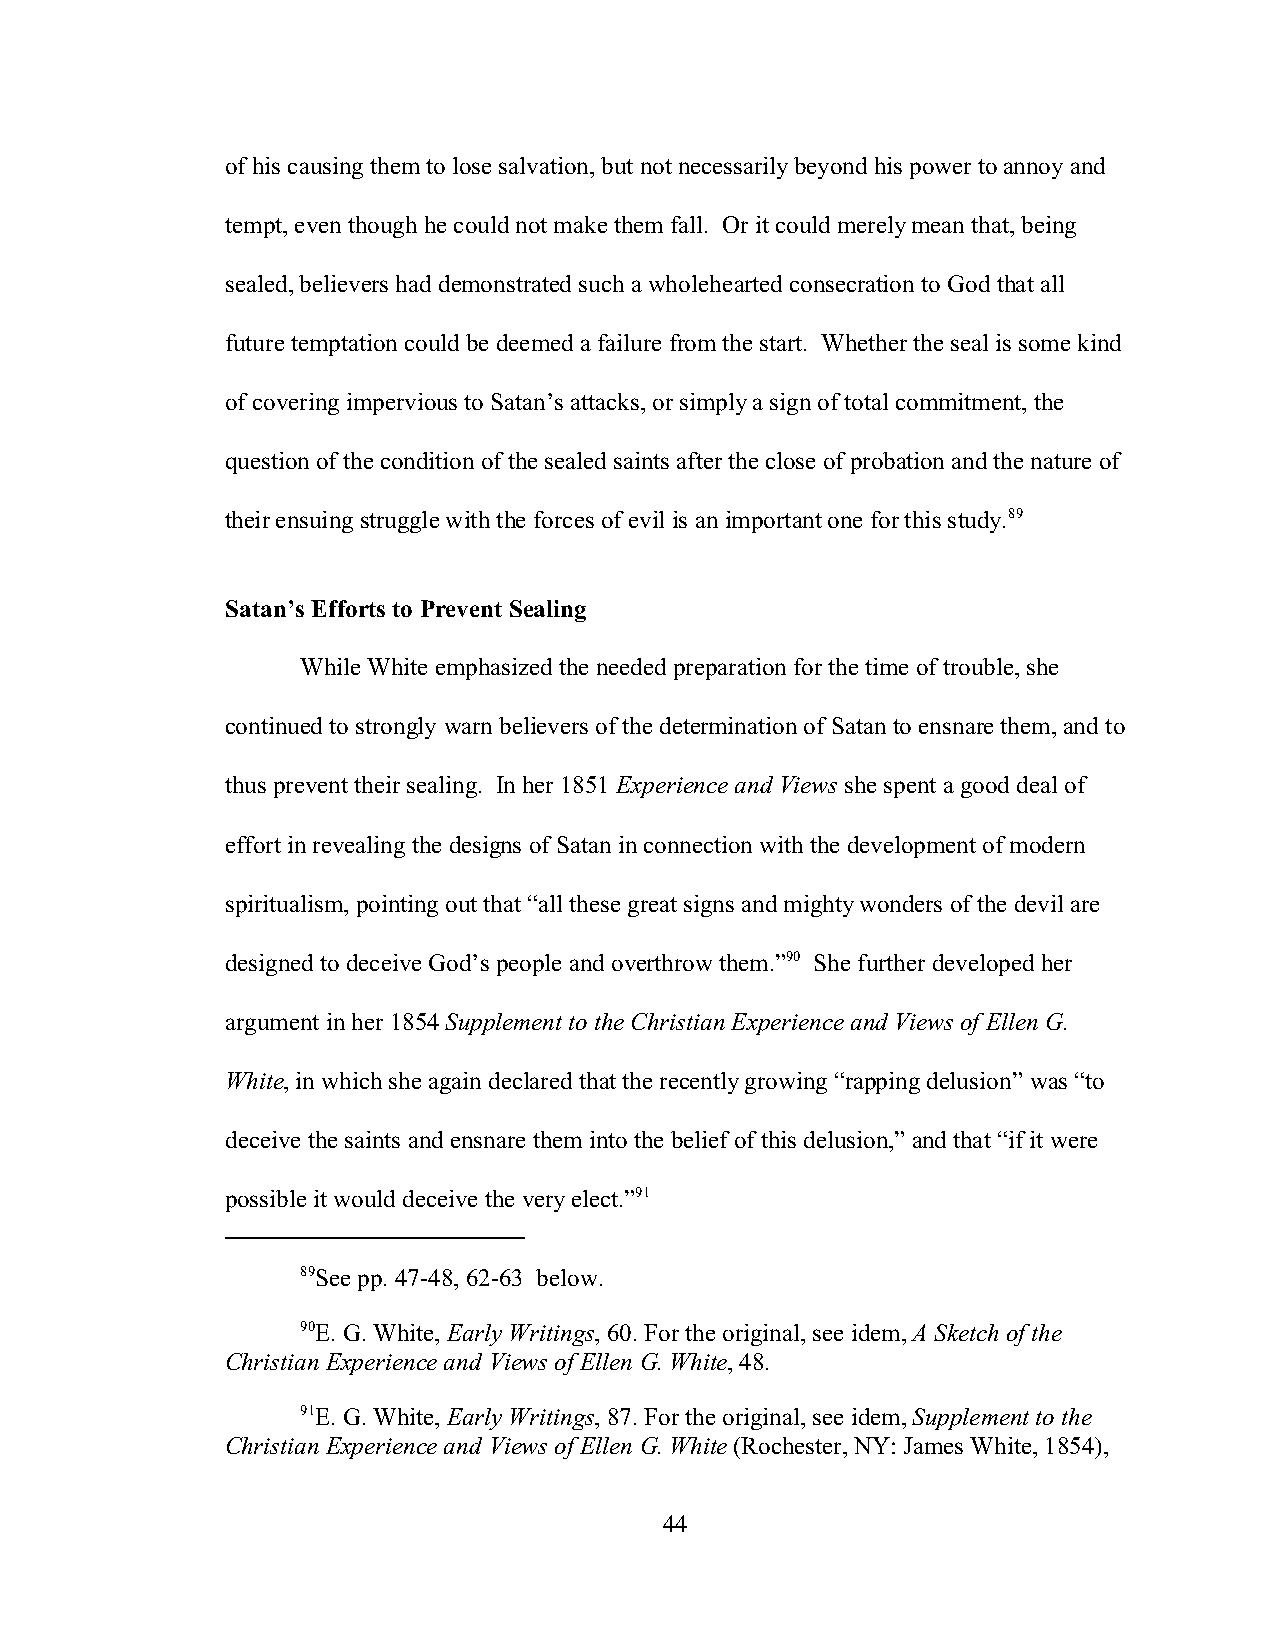
of his causing them to lose salvation, but not necessarily beyond his power to annoy and
 tempt, even though he could not make them fall. Or it could merely mean that, being
 sealed, believers had demonstrated such a wholehearted consecration to God that all
 future temptation could be deemed a failure from the start. Whether the seal is some kind
 of covering impervious to Satan’s attacks, or simply a sign of total commitment, the
 question of the condition of the sealed saints after the close of probation and the nature of
 their ensuing struggle with the forces of evil is an important one for this study.89
 Satan’s Efforts to Prevent Sealing
 While White emphasized the needed preparation for the time of trouble, she
 continued to strongly warn believers of the determination of Satan to ensnare them, and to
 thus prevent their sealing. In her 1851 Experience and Views she spent a good deal of
 effort in revealing the designs of Satan in connection with the development of modern
 spiritualism, pointing out that “all these great signs and mighty wonders of the devil are
 designed to deceive God’s people and overthrow them.”90 She further developed her
 argument in her 1854 Supplement to the Christian Experience and Views of Ellen G.
 White, in which she again declared that the recently growing “rapping delusion” was “to
 deceive the saints and ensnare them into the belief of this delusion,” and that “if it were
 possible it would deceive the very elect.”91
 89See pp. 47-48, 62-63 below.
 90E. G. White, Early Writings, 60. For the original, see idem, A Sketch of the
 Christian Experience and Views of Ellen G. White, 48.
 91E. G. White, Early Writings, 87. For the original, see idem, Supplement to the
 Christian Experience and Views of Ellen G. White (Rochester, NY: James White, 1854),
 44